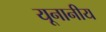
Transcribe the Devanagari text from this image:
यूनानीय